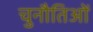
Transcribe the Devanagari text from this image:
चुनौतिओं